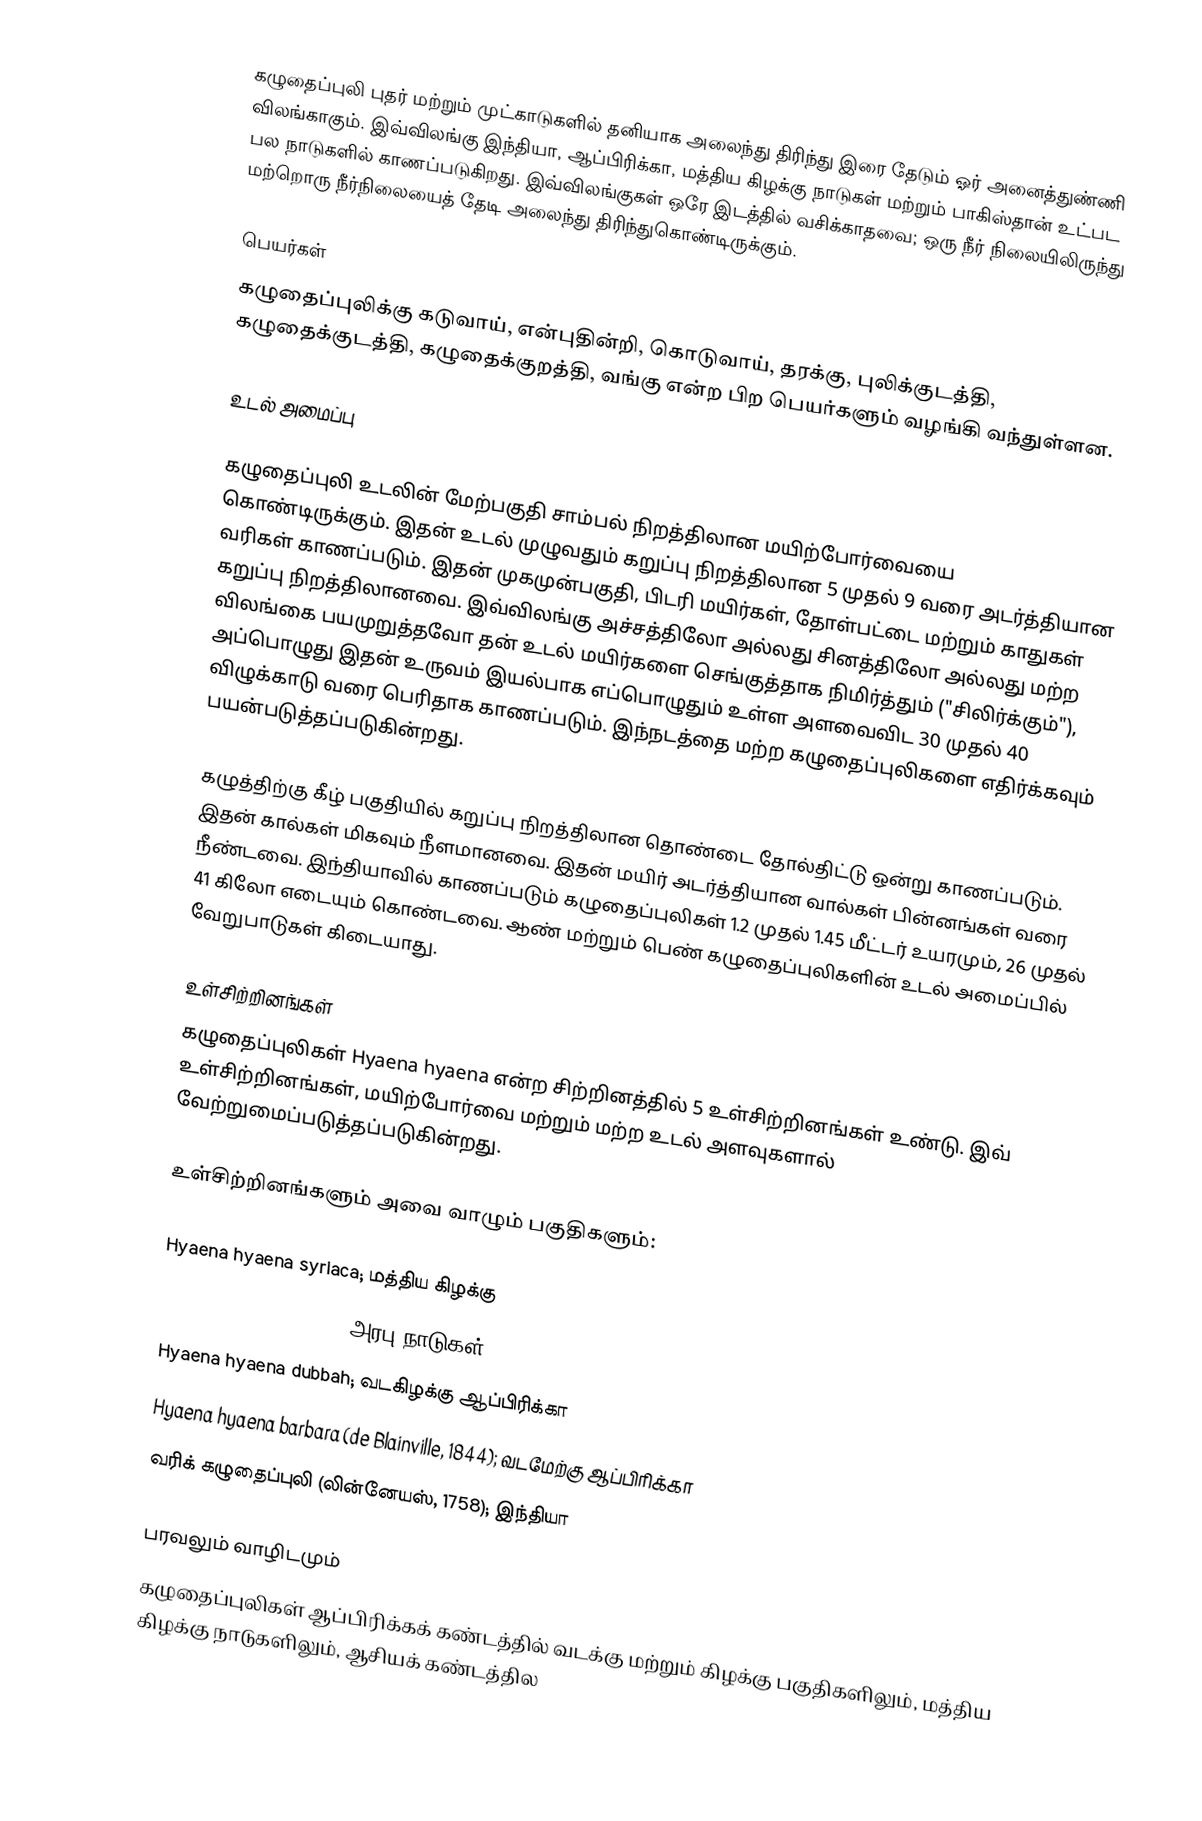
கழுதைப்புலி புதர் மற்றும் முட்காடுகளில் தனியாக அலைந்து திரிந்து இரை தேடும் ஓர் அனைத்துண்ணி விலங்காகும். இவ்விலங்கு இந்தியா, ஆப்பிரிக்கா, மத்திய கிழக்கு நாடுகள் மற்றும்  பாகிஸ்தான் உட்பட பல நாடுகளில் காணப்படுகிறது. இவ்விலங்குகள் ஒரே இடத்தில் வசிக்காதவை; ஒரு நீர் நிலையிலிருந்து மற்றொரு நீர்நிலையைத் தேடி அலைந்து திரிந்துகொண்டிருக்கும்.

பெயர்கள்
கழுதைப்புலிக்கு கடுவாய், என்புதின்றி, கொடுவாய், தரக்கு, புலிக்குடத்தி, கழுதைக்குடத்தி, கழுதைக்குறத்தி, வங்கு என்ற பிற பெயர்களும் வழங்கி வந்துள்ளன.

உடல் அமைப்பு

கழுதைப்புலி் உடலின் மேற்பகுதி சாம்பல் நிறத்திலான மயிற்போர்வையை கொண்டிருக்கும். இதன் உடல் முழுவதும் கறுப்பு நிறத்திலான 5 முதல் 9 வரை அடர்த்தியான வரிகள் காணப்படும். இதன் முகமுன்பகுதி, பிடரி மயிர்கள், தோள்பட்டை மற்றும் காதுகள் கறுப்பு நிறத்திலானவை. இவ்விலங்கு அச்சத்திலோ அல்லது சினத்திலோ அல்லது மற்ற விலங்கை பயமுறுத்தவோ தன் உடல் மயிர்களை செங்குத்தாக நிமிர்த்தும் ("சிலிர்க்கும்"), அப்பொழுது இதன் உருவம் இயல்பாக எப்பொழுதும் உள்ள அளவைவிட 30 முதல் 40 விழுக்காடு வரை பெரிதாக காணப்படும். இந்நடத்தை மற்ற கழுதைப்புலிகளை எதிர்க்கவும் பயன்படுத்தப்படுகின்றது.

கழுத்திற்கு கீழ் பகுதியில் கறுப்பு நிறத்திலான தொண்டை தோல்திட்டு ஒன்று காணப்படும். இதன் கால்கள் மிகவும் நீளமானவை. இதன் மயிர் அடர்த்தியான வால்கள் பின்னங்கள் வரை நீண்டவை. இந்தியாவில் காணப்படும் கழுதைப்புலிகள் 1.2 முதல் 1.45 மீட்டர் உயரமும்,  26 முதல் 41 கிலோ எடையும் கொண்டவை. ஆண் மற்றும் பெண் கழுதைப்புலிகளின் உடல் அமைப்பில் வேறுபாடுகள் கிடையாது.

உள்சிற்றினங்கள்
கழுதைப்புலிகள் Hyaena hyaena என்ற சிற்றினத்தில் 5 உள்சிற்றினங்கள் உண்டு. இவ் உள்சிற்றினங்கள், மயிற்போர்வை மற்றும் மற்ற உடல் அளவுகளால் வேற்றுமைப்படுத்தப்படுகின்றது.

உள்சிற்றினங்களும் அவை வாழும் பகுதிகளும்:

 Hyaena hyaena syriaca; மத்திய கிழக்கு
 Hyaena hyaena sultana; அரபு நாடுகள்
 Hyaena hyaena dubbah; வடகிழக்கு ஆப்பிரிக்கா
 Hyaena hyaena barbara (de Blainville, 1844); வடமேற்கு ஆப்பிரிக்கா
 வரிக் கழுதைப்புலி (லின்னேயஸ், 1758); இந்தியா

பரவலும் வாழிடமும்
கழுதைப்புலிகள் ஆப்பிரிக்கக் கண்டத்தில் வடக்கு மற்றும் கிழக்கு பகுதிகளிலும், மத்திய கிழக்கு நாடுகளிலும், ஆசியக் கண்டத்தில